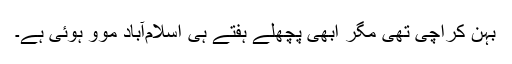
بہن کراچی تھی مگر ابھی پچھلے ہفتے ہی اسلام‌آباد موو ہوئی ہے۔